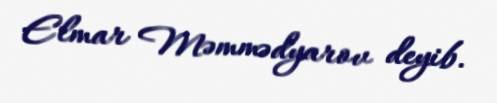
Elmar Məmmədyarov deyib.